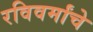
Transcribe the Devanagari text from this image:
रविवर्मांचे